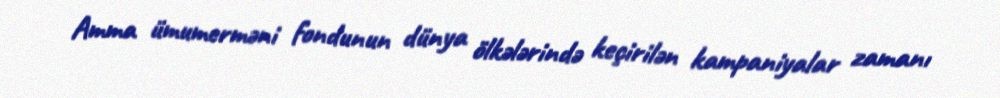
Amma ümumerməni fondunun dünya ölkələrində keçirilən kampaniyalar zamanı